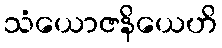
သံယောဇနိယေဟိ